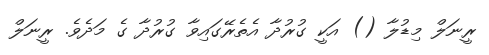
ރީނަލް މިޑުލާ () އަކީ ގުރުދާ އެތެރޭގައިވާ ގުރުދާ ގެ މަދެވެ. ރީނަލް